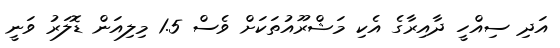
އަދި ސިއްހީ ދާއިރާގެ އެކި މަޝްރޫއުތަކަށް ވެސް 1.5 މިލިއަން ޑޮލަރު ވަނީ